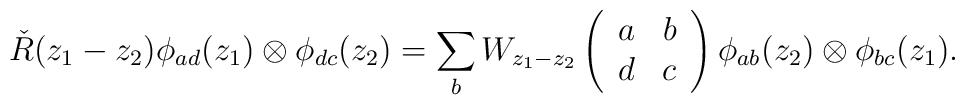
\check{R}(z_1 -z_2 ) \phi _{ad}(z_1 )\otimes \phi _{dc}(z_2 )=\sum_{b} W_{z_1 -z_2 }\left( \begin{array}{cc} a & b \\ d & c \end{array} \right)\phi _{ab}(z_2 )\otimes \phi _{bc}(z_1 ).